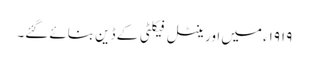
١٩١٩ء میں اورینٹل فیکلٹی کے ڈین بنائے گئے۔